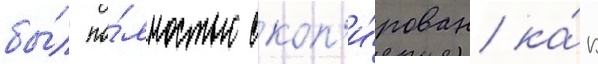
бы́л по́лностью скоп'и́рован ка́к